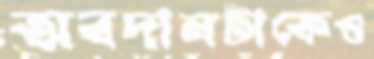
অবদানটাকেও